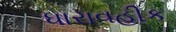
ધારાવહીક